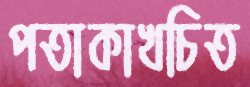
পতাকাখচিত